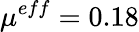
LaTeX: \mu^{eff}=0.18